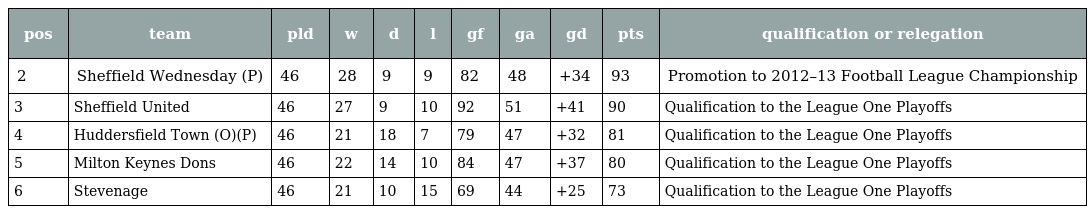
| pos | team | pld | w | d | l | gf | ga | gd | pts | qualification or relegation |
 | --- | --- | --- | --- | --- | --- | --- | --- | --- | --- | --- |
 | 2 | Sheffield Wednesday (P) | 46 | 28 | 9 | 9 | 82 | 48 | +34 | 93 | Promotion to 2012–13 Football League Championship |
 | 3 | Sheffield United | 46 | 27 | 9 | 10 | 92 | 51 | +41 | 90 | Qualification to the League One Playoffs |
 | 4 | Huddersfield Town (O)(P) | 46 | 21 | 18 | 7 | 79 | 47 | +32 | 81 | Qualification to the League One Playoffs |
 | 5 | Milton Keynes Dons | 46 | 22 | 14 | 10 | 84 | 47 | +37 | 80 | Qualification to the League One Playoffs |
 | 6 | Stevenage | 46 | 21 | 10 | 15 | 69 | 44 | +25 | 73 | Qualification to the League One Playoffs |